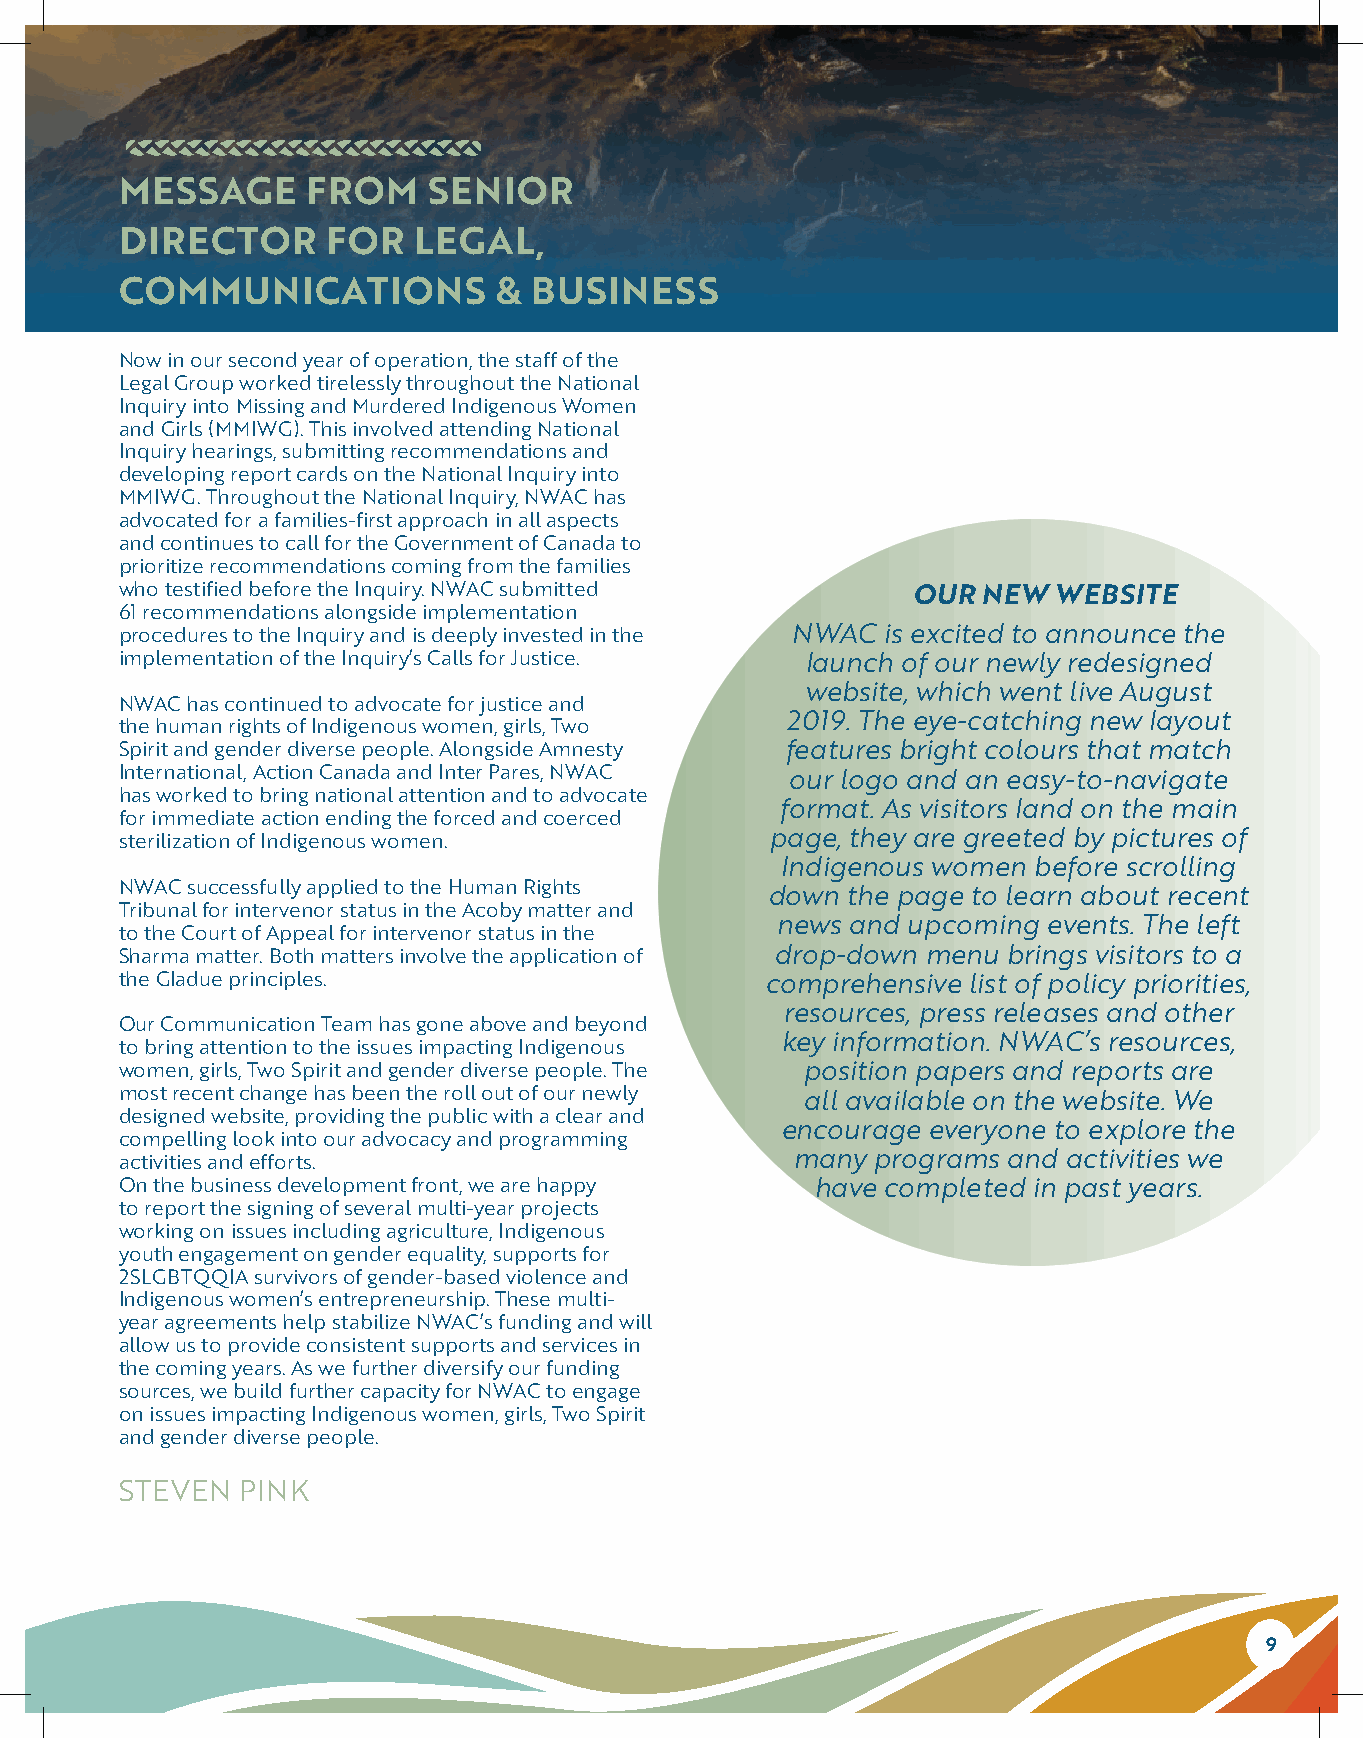
MESSAGE     FROM    SENIOR
 DIRECTOR      FOR  LEGAL,
 COMMUNICATIONS           & BUSINESS
 Now in our second year of operation, the staff of the
 Legal Group worked tirelessly throughout the National
 Inquiry into Missing and Murdered Indigenous Women
 and Girls (MMIWG). This involved attending National
 Inquiry hearings, submitting recommendations and
 developing report cards on the National Inquiry into
 MMIWG. Throughout the National Inquiry, NWAC has
 advocated for a families-first approach in all aspects
 and continues to call for the Government of Canada to
 prioritize recommendations coming from the families
 who testified before the Inquiry. NWAC submitted    OUR  NEW  WEBSITE
 61 recommendations alongside implementation
 procedures to the Inquiry and is deeply invested in the NWAC is excited to announce the
 implementation of the Inquiry’s Calls for Justice. launch of our newly redesigned
 website, which went live August
 NWAC has continued to advocate for justice and
 2019. The eye-catching new layout
 the human rights of Indigenous women, girls, Two
 Spirit and gender diverse people. Alongside Amnesty features bright colours that match
 International, Action Canada and Inter Pares, NWAC our logo and an easy-to-navigate
 has worked to bring national attention and to advocate
 format. As visitors land on the main
 for immediate action ending the forced and coerced
 sterilization of Indigenous women.         page, they are greeted by pictures of
 Indigenous women before scrolling
 NWAC successfully applied to the Human Rights
 down the page to learn about recent
 Tribunal for intervenor status in the Acoby matter and
 news and upcoming events. The left
 to the Court of Appeal for intervenor status in the
 Sharma matter. Both matters involve the application of drop-down menu brings visitors to a
 the Gladue principles.                     comprehensive list of policy priorities,
 resources, press releases and other
 Our Communication Team has gone above and beyond
 key information. NWAC’s resources,
 to bring attention to the issues impacting Indigenous
 women, girls, Two Spirit and gender diverse people. The position papers and reports are
 most recent change has been the roll out of our newly all available on the website. We
 designed website, providing the public with a clear and
 encourage everyone to explore the
 compelling look into our advocacy and programming
 activities and efforts.                     many  programs and activities we
 On the business development front, we are happy have completed in past years.
 to report the signing of several multi-year projects
 working on issues including agriculture, Indigenous
 youth engagement on gender equality, supports for
 2SLGBTQQIA survivors of gender-based violence and
 Indigenous women’s entrepreneurship. These multi-
 year agreements help stabilize NWAC’s funding and will
 allow us to provide consistent supports and services in
 the coming years. As we further diversify our funding
 sources, we build further capacity for NWAC to engage
 on issues impacting Indigenous women, girls, Two Spirit
 and gender diverse people.
 STEVEN  PINK
 9